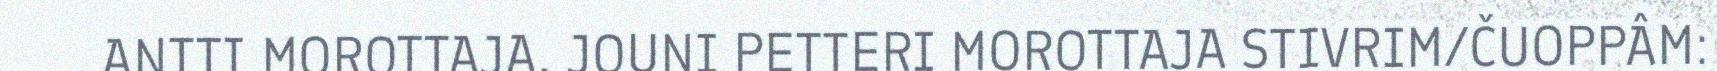
ANTTI MOROTTAJA, JOUNI PETTERI MOROTTAJA STIVRIM/ČUOPPÂM: